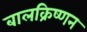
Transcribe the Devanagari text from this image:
बालक्रिष्णन